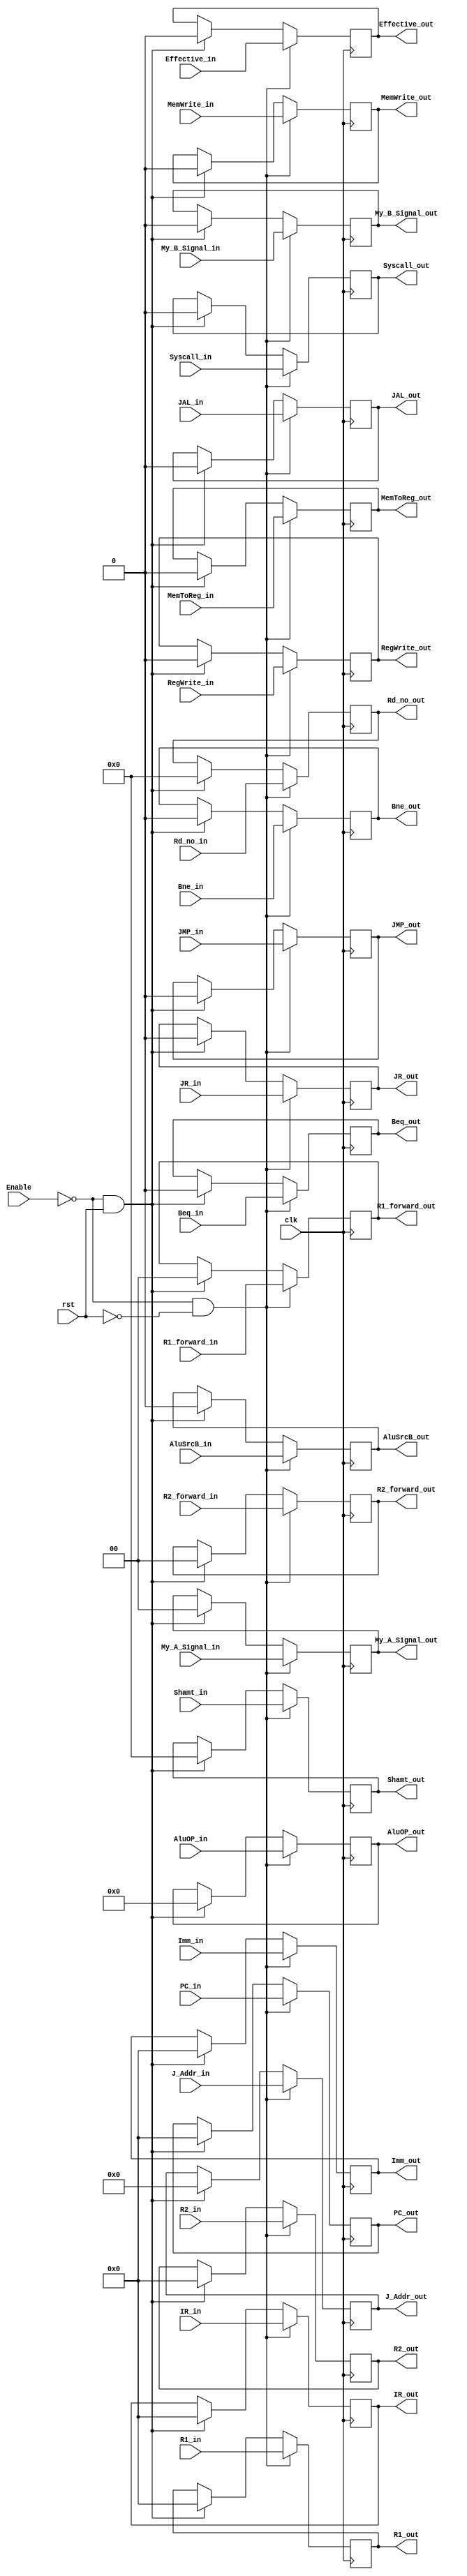
`timescale 1ns / 1ps
//////////////////////////////////////////////////////////////////////////////////
// Company: 
// Engineer: 
// 
// Design Name: 
// Module Name: ID_EX
// Project Name: 
// Target Devices: 
// Tool Versions: 
// Description: 
// 
// Dependencies: 
// 
// Revision:
// Revision 0.01 - File Created
// Additional Comments:
// 
//////////////////////////////////////////////////////////////////////////////////


module ID_EX(
	input clk,
	input Enable,
	input rst,
	input Effective_in,
	input [31:0]PC_in,
	input [31:0]IR_in,
	input Syscall_in,
	input JAL_in,
	input RegWrite_in,
	input MemToReg_in,
	input MemWrite_in,
	input JR_in,
	input JMP_in,
	input Beq_in,
	input Bne_in,
	input [3:0]AluOP_in,
	input AluSrcB_in,
	input [1:0]My_A_Signal_in,
	input My_B_Signal_in,
	input [31:0]R1_in,
	input [31:0]R2_in,
	input [4:0]Rd_no_in,
	input [31:0]Imm_in,
	input [4:0]Shamt_in,
	input [25:0]J_Addr_in,
	input[1:0] R1_forward_in,
	input[1:0] R2_forward_in,	
	// input pre_jmp_in,
	// input hit_in,
	
	/* output */
	output reg Effective_out,
	output reg [31:0]PC_out,
	output reg [31:0]IR_out,
	output reg Syscall_out,
	output reg JAL_out,
	output reg RegWrite_out,
	output reg MemToReg_out,
	output reg MemWrite_out,
	output reg JR_out,
	output reg JMP_out,
	output reg Beq_out,
	output reg Bne_out,
	output reg [3:0]AluOP_out,
	output reg AluSrcB_out,
	output reg [1:0]My_A_Signal_out,
	output reg My_B_Signal_out,
	output reg [31:0]R1_out,
	output reg [31:0]R2_out,
	output reg [4:0]Rd_no_out,
	output reg [31:0]Imm_out,
	output reg [4:0]Shamt_out,
	output reg [25:0]J_Addr_out,
	output reg [1:0]R1_forward_out,	
	output reg [1:0]R2_forward_out
	// output reg pre_jmp_out,
	// output reg hit_out

	);
	
	initial begin
		PC_out <= 0;
		IR_out <= 0;
		Effective_out <= 0;
		Syscall_out <= 0;
		JAL_out <= 0;
		RegWrite_out <= 0;
		MemToReg_out <= 0;
		MemWrite_out <= 0;
		JR_out <= 0;
		JMP_out <= 0;
		Beq_out <= 0;
		Bne_out <= 0;
		AluOP_out <= 0;
		AluSrcB_out <= 0;
		My_A_Signal_out <= 0;
		My_B_Signal_out <= 0;
		R1_out <= 0;
		R2_out <= 0;
		Rd_no_out <= 0;
		Imm_out <= 0;
		Shamt_out <= 0;
		J_Addr_out <= 0;
		R1_forward_out <= 0;
		R2_forward_out <= 0;
		// pre_jmp_out <= 0;
		// hit_out <= 0;
		end
	
	
	always@ (posedge clk) begin
		if (!Enable && !rst) begin
			PC_out <= PC_in;
			IR_out <= IR_in;
			Effective_out <= Effective_in;
			Syscall_out <= Syscall_in;
			JAL_out <= JAL_in;
			RegWrite_out <= RegWrite_in;
			MemToReg_out <= MemToReg_in;
			MemWrite_out <= MemWrite_in;
			JR_out <= JR_in;
			JMP_out <= JMP_in;
			Beq_out <= Beq_in;
			Bne_out <= Bne_in;
			AluOP_out <= AluOP_in;
			AluSrcB_out <= AluSrcB_in;
			My_A_Signal_out <= My_A_Signal_in;
			My_B_Signal_out <= My_B_Signal_in;
			R1_out <= R1_in;
			R2_out <= R2_in;
			Rd_no_out <= Rd_no_in;
			Imm_out <= Imm_in;
			Shamt_out <= Shamt_in;
			J_Addr_out <= J_Addr_in;	
			R1_forward_out <= R1_forward_in;
			R2_forward_out <= R2_forward_in;
			// pre_jmp_out <= pre_jmp_in;
			// hit_out <= hit_in;
			end
		else if (!Enable && rst) begin
			PC_out <= 0;
			IR_out <= 0;
			Effective_out <= 0;
			Syscall_out <= 0;
			JAL_out <= 0;
			RegWrite_out <= 0;
			MemToReg_out <= 0;
			MemWrite_out <= 0;
			JR_out <= 0;
			JMP_out <= 0;
			Beq_out <= 0;
			Bne_out <= 0;
			AluOP_out <= 0;
			AluSrcB_out <= 0;
			My_A_Signal_out <= 0;
			My_B_Signal_out <= 0;
			R1_out <= 0;
			R2_out <= 0;
			Rd_no_out <= 0;
			Imm_out <= 0;
			Shamt_out <= 0;
			J_Addr_out <= 0;
			R1_forward_out <= 0;
			R2_forward_out <= 0;
			// pre_jmp_out <= 0;
			// hit_out <= 0;
			end
		end
	
	
	
endmodule